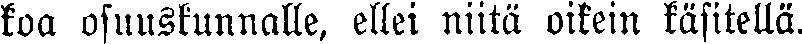
koa osuuskunnalle, ellei niitä oikein käsitellä.